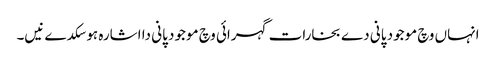
انہاں وچ موجود پانی دے بخارات گہرائی وچ موجود پانی دا اشارہ ہو سکدے نیں۔